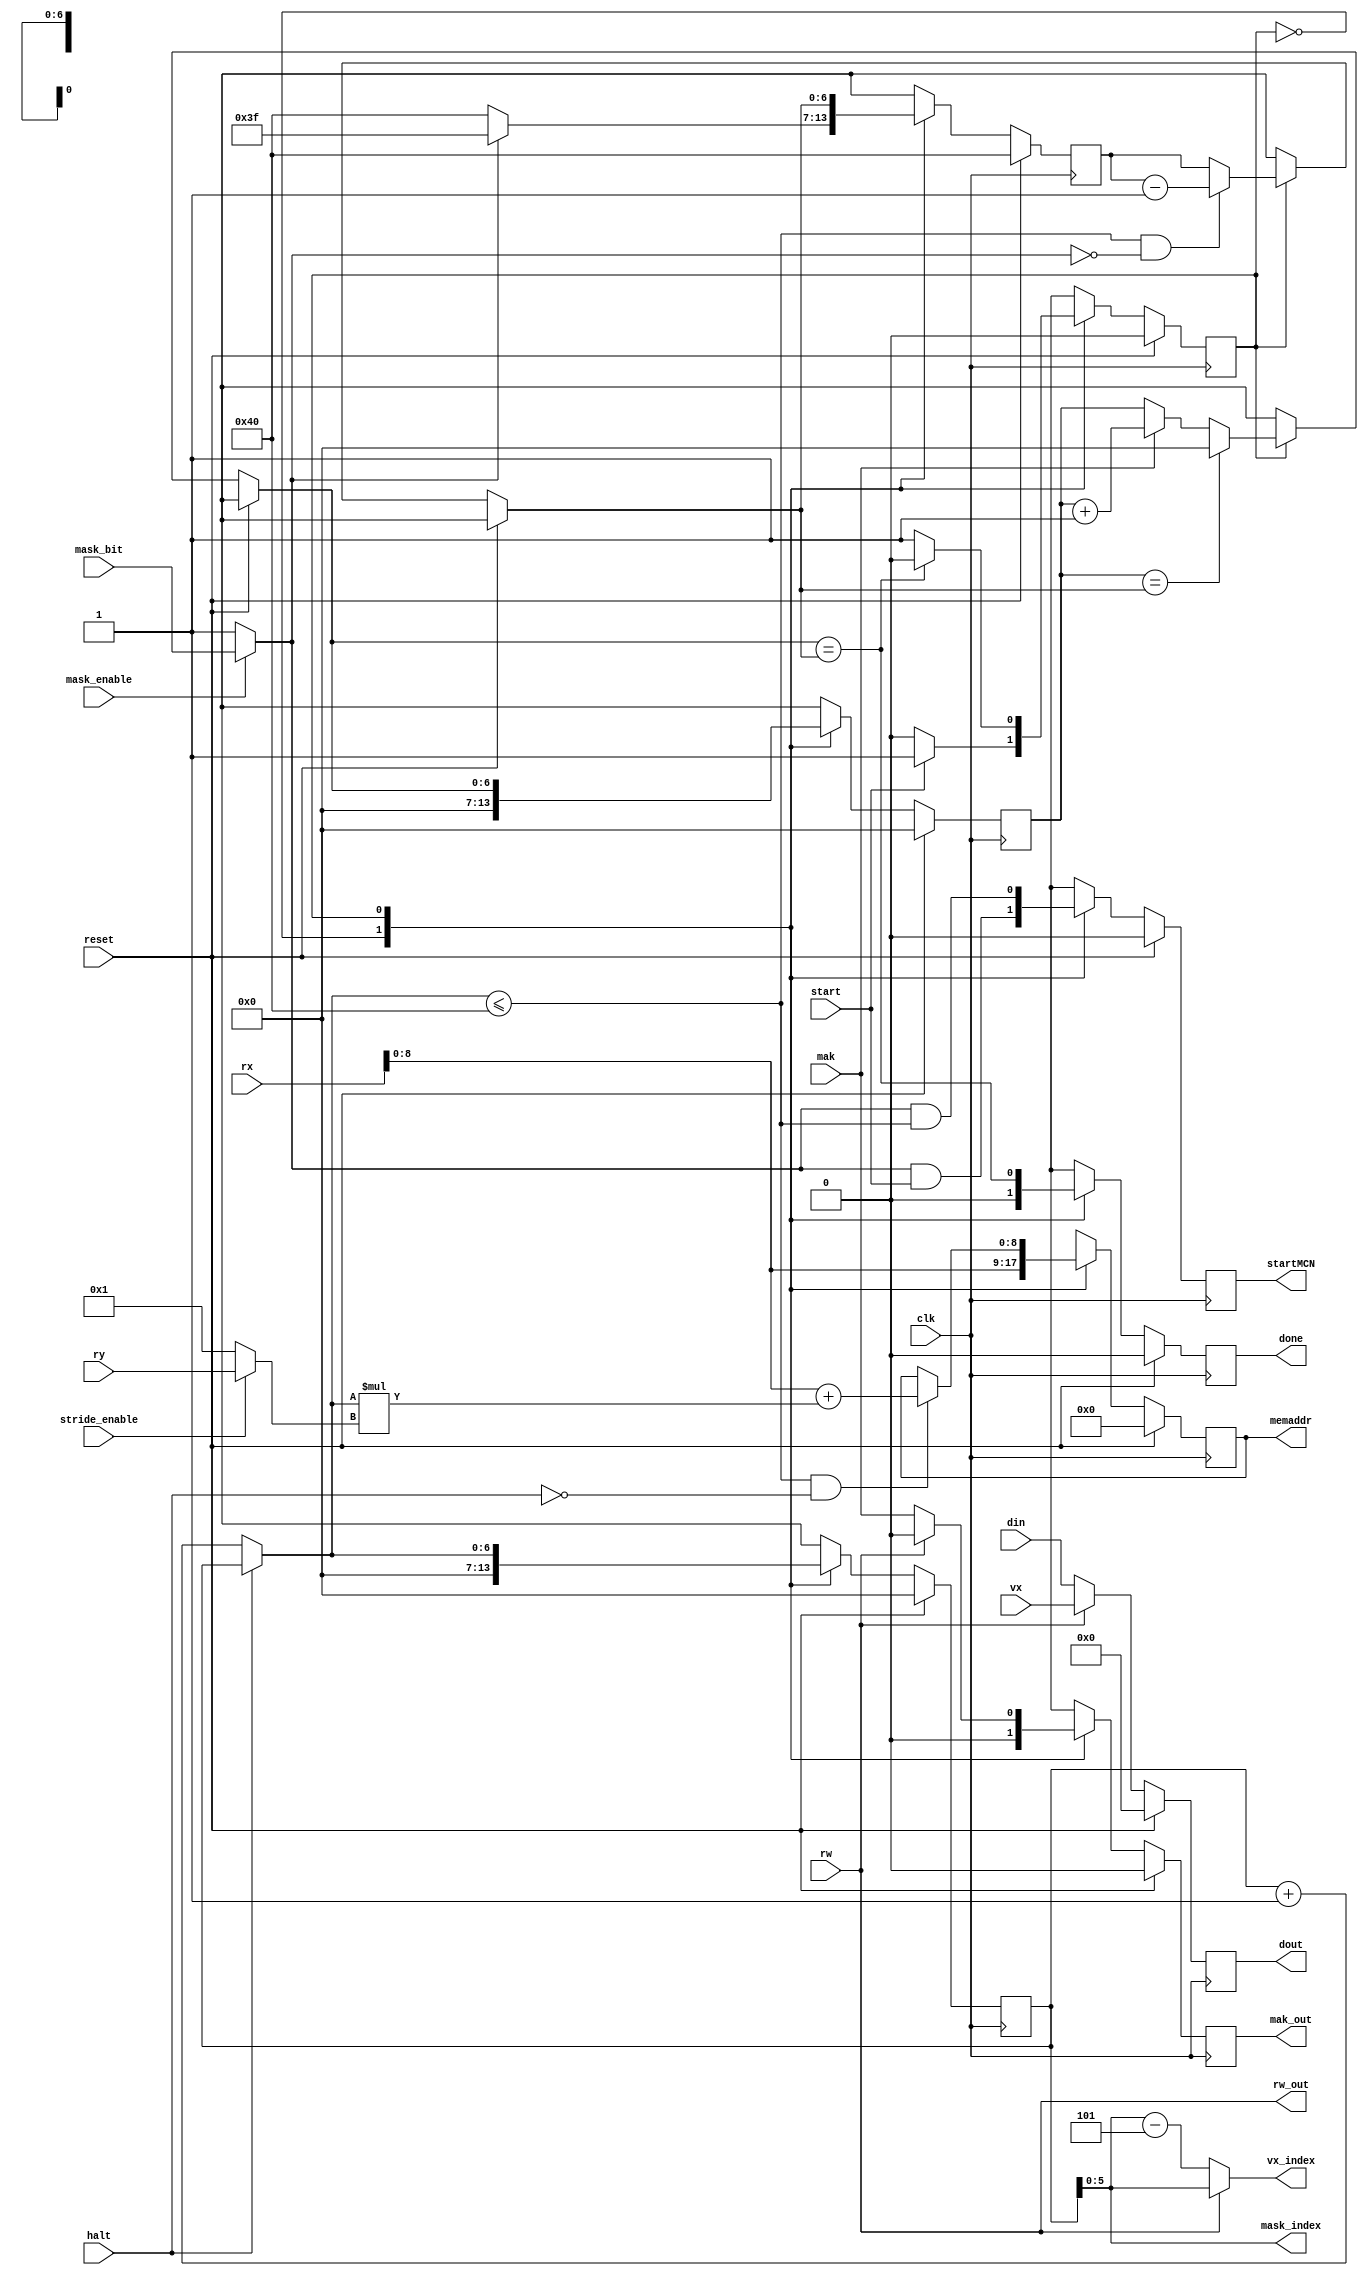
module mau(dout,vx_index,mask_index,memaddr,startMCN,rw_out,mak_out,done,vx,rx,ry,din,stride_enable,mask_enable,mask_bit,rw,start,mak,halt,clk,reset);
output reg [31:0]dout;
output [5:0]vx_index,mask_index;
output reg mak_out;
output reg [8:0]memaddr;
output reg startMCN,done;
output rw_out;
input [31:0]vx,rx,ry,din;
input mask_enable,stride_enable,mask_bit,rw,start,mak,halt,clk,reset;

wire [31:0]stride;
reg mask;
reg [6:0]index_select;
reg [6:0]mak_count;
reg [6:0]num_masks;

assign rw_out=rw;
assign stride=stride_enable?ry:32'd1;
assign vx_index=rw?index_select:index_select-7'd5;
assign mask_index=index_select;

localparam idle=1'd0, busy=1'd1;
reg ps;

always @(posedge clk)
begin

if(reset)
begin
index_select<=7'd0;
memaddr<=9'd0;
mask<=1'd0;
dout<=32'd0;
mak_out<=1'd0;
mak_count<=7'd0;
num_masks<=7'd64;
done<=1'd0;
startMCN<=1'd0;
ps<=idle;
end
else
begin
case(ps)

    idle:
    begin
    index_select=7'd0;
	memaddr=rx;
	#1
	mask=mask_enable?mask_bit:1'd1;
	dout=rw?vx:din;
	mak_out=1'd0;
	mak_count=7'd0;
	num_masks=mask?7'd63:7'd64;
    done=1'd0;
    startMCN=mask&start;
	ps=start?busy:idle;
    end
    
    busy:
    begin
    index_select=(!halt)?index_select+7'd1:index_select;
    memaddr=((index_select<=7'd64)&(!halt))?rx+index_select*stride:memaddr;
    #1
    mask=mask_enable?mask_bit:1'd1;
    dout=rw?vx:din;
    mak_out=rw?1'd0:mak;
    if((index_select<=7'd64)&(!mask))
    num_masks=num_masks-7'd1;
    if(mak_count==num_masks) mak_count=7'd0;
    else if(mak) mak_count=mak_count+7'd1;
    done=(mak_count==num_masks);
    startMCN=mask&(index_select<=7'd64);
    ps=(mak_count==num_masks)?idle:busy;
    end

endcase
end
end

endmodule